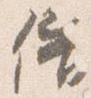
借